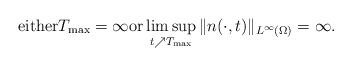
LaTeX: \begin{align*}\mbox{either}T_{\rm max}=\infty\mbox{or}\limsup_{t\nearrow T_{\rm max}}\|n(\cdot,t)\|_{L^{\infty}(\Omega)}=\infty.\end{align*}